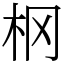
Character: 㭎